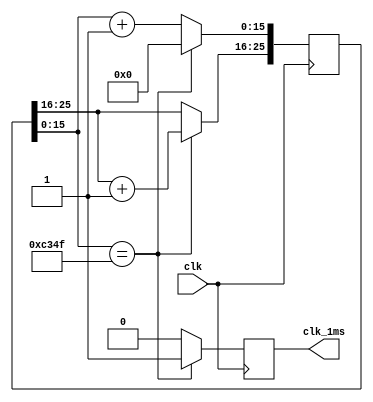
`timescale 1ns / 1ps
//////////////////////////////////////////////////////////////////////////////////
// Company: 
// Engineer: 
// 
// Design Name: 
// Module Name:    counter_26bit 
// Project Name: 
// Target Devices: 
// Tool versions: 
// Description: 
//
// Dependencies: 
//
// Revision: 
// Revision 0.01 - File Created
// Additional Comments: 
//
//////////////////////////////////////////////////////////////////////////////////
module counter_26bit(clk,clk_1ms//,count_out
    );
	parameter COUNTER=26;
	input clk;
	output clk_1ms;
//	output [COUNTER-1:0] count_out;
	reg [COUNTER-1:0] count;
	reg second_m;
	wire clk;
//	wire [COUNTER-1:0] count_out;
	
	initial
		count<=0;
		
		always@(posedge clk)begin
			if(count[15:0]==49999)begin
				count[15:0]<=0;
				count[25:16]<=count[25:16]+1;
				second_m<=1;
			end
			
			else begin
				count[15:0] <= count[15:0]+1;
				second_m<=0;
			end
		end
		assign clk_1ms=second_m;
//		assign count_out=count;

endmodule